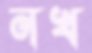
নখ